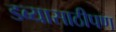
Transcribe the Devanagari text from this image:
डब्यासाठीपण